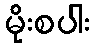
မိုးစပါး